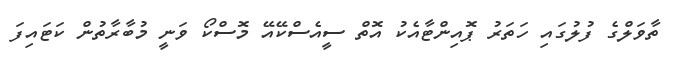
ތާވަލްގެ ފުލުގައި ހަތަރު ޕޮއިންޓާއެކު އޮތް ސީއެސްކޭއޭ މޮސްކޯ ވަނީ މުބާރާތުން ކަޓައިފަ